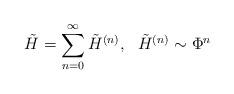
LaTeX: \begin{align*}\tilde H = \sum_{n=0}^\infty \tilde H^{(n)},~~ \tilde H^{(n)} \sim\Phi^n\end{align*}